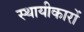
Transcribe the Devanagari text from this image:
स्थायीकारों